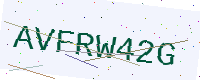
Text: AVFRW42G